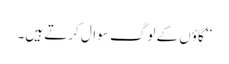
‘‘ گاؤں کے لوگ سوال کرتے ہیں۔